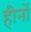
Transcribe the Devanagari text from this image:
हीनों